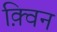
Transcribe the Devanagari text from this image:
क़्विन